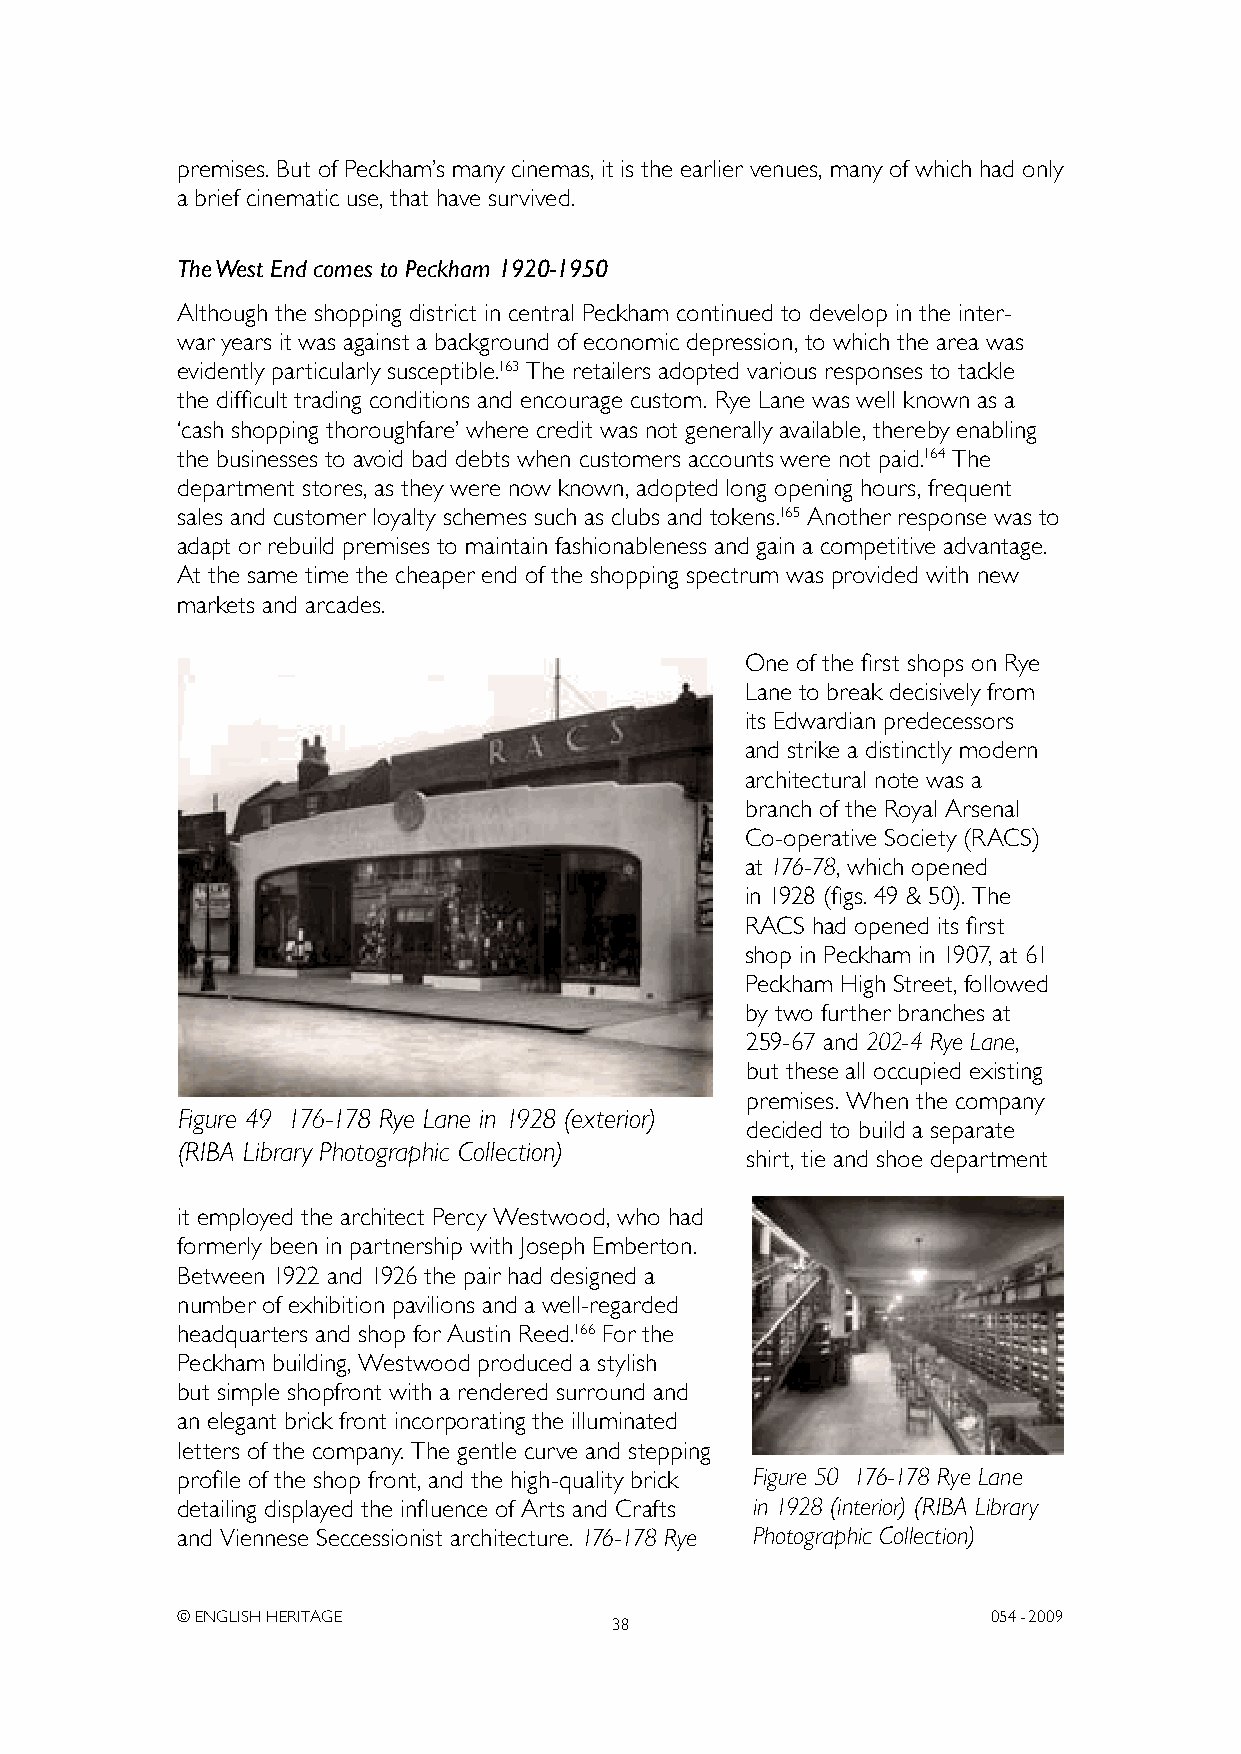
premises. But of Peckham’s many cinemas, it is the earlier venues, many of which had only
 a brief cinematic use, that have survived.
 The West End comes to Peckham 1920-1950
 Although the shopping district in central Peckham continued to develop in the inter-
 war years it was against a background of economic depression, to which the area was
 evidently particularly susceptible.163 The retailers adopted various responses to tackle
 the difficult trading conditions and encourage custom. Rye Lane was well known as a
 ‘cash shopping thoroughfare’ where credit was not generally available, thereby enabling
 the businesses to avoid bad debts when customers accounts were not paid.164 The
 department stores, as they were now known, adopted long opening hours, frequent
 sales and customer loyalty schemes such as clubs and tokens.165 Another response was to
 adapt or rebuild premises to maintain fashionableness and gain a competitive advantage.
 At the same time the cheaper end of the shopping spectrum was provided with new
 markets and arcades.
 One of the first shops on Rye
 Lane to break decisively from
 its Edwardian predecessors
 and strike a distinctly modern
 architectural note was a
 branch of the Royal Arsenal
 Co-operative Society (RACS)
 at 176-78, which opened
 in 1928 (figs. 49 & 50). The
 RACS had opened its first
 shop in Peckham in 1907, at 61
 Peckham High Street, followed
 by two further branches at
 259-67 and 202-4 Rye Lane,
 but these all occupied existing
 premises. When the company
 Figure 49 176-178 Rye Lane in 1928 (exterior)
 decided to build a separate
 (RIBA Library Photographic Collection)
 shirt, tie and shoe department
 it employed the architect Percy Westwood, who had
 formerly been in partnership with Joseph Emberton.
 Between 1922 and 1926 the pair had designed a
 number of exhibition pavilions and a well-regarded
 headquarters and shop for Austin Reed.166 For the
 Peckham building, Westwood produced a stylish
 but simple shopfront with a rendered surround and
 an elegant brick front incorporating the illuminated
 letters of the company. The gentle curve and stepping
 profile of the shop front, and the high-quality brick Figure 50 176-178 Rye Lane
 detailing displayed the influence of Arts and Crafts in 1928 (interior) (RIBA Library
 and Viennese Seccessionist architecture. 176-178 Rye Photographic Collection)
 © ENGLISH HERITAGE                                    054- 2009
 38